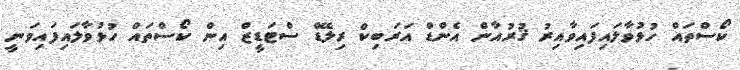
ކޯސްތައް ހުޅުވާލައިފައިވާއިރު ޤުރުއާން އެންޑް އަރަބިކް ރިލޭޑް ސްޓަޑީޒް އިން ކޯސްތައް ހުޅުވާލައިފައިވަނީ